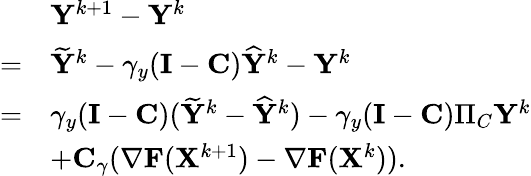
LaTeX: \begin{array}{rl}&{{\mathbf{Y}}^{k+1}-{\mathbf{Y}}^{k}}\\ {=}&{\widetilde{{\mathbf{Y}}}^{k}-\gamma_{y}({\mathbf{I}}-{\mathbf{C}})\widehat{{\mathbf{Y}}}^{k}-{\mathbf{Y}}^{k}}\\ {=}&{\gamma_{y}({\mathbf{I}}-{\mathbf{C}})(\widetilde{{\mathbf{Y}}}^{k}-\widehat{{\mathbf{Y}}}^{k})-\gamma_{y}({\mathbf{I}}-{\mathbf{C}})\Pi_{C}{\mathbf{Y}}^{k}}\\ &{+{\mathbf{C}}_{\gamma}(\nabla{\mathbf{F}}({\mathbf{X}}^{k+1})-\nabla{\mathbf{F}}({\mathbf{X}}^{k})).}\end{array}